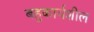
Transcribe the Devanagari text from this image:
बहुकार्यशील